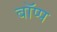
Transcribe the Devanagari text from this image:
बॉप्प